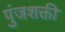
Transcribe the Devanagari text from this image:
पुंजशक्ती